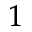
^ 1